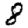
Digit: 8